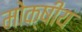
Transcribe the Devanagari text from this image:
मोक्षीय